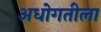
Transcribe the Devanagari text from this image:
अधोगतीला